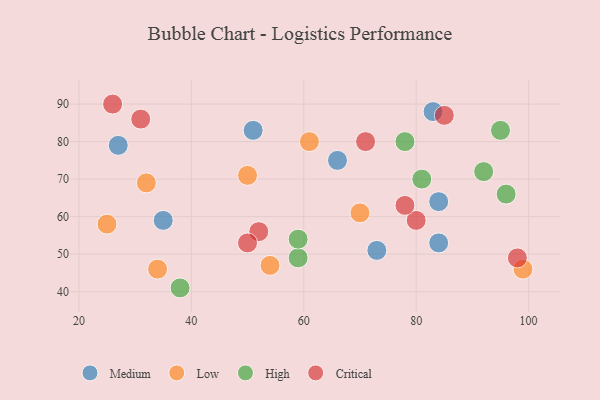
{"axis": {"x": "GDP", "y": "Life Expectancy"}, "legend": ["Critical", "High", "Low", "Medium"], "data": [{"x": "27", "y": 79, "type": "Medium"}, {"x": "84", "y": 64, "type": "Medium"}, {"x": "73", "y": 51, "type": "Medium"}, {"x": "66", "y": 75, "type": "Medium"}, {"x": "51", "y": 83, "type": "Medium"}, {"x": "84", "y": 53, "type": "Medium"}, {"x": "35", "y": 59, "type": "Medium"}, {"x": "83", "y": 88, "type": "Medium"}, {"x": "70", "y": 61, "type": "Low"}, {"x": "25", "y": 58, "type": "Low"}, {"x": "32", "y": 69, "type": "Low"}, {"x": "99", "y": 46, "type": "Low"}, {"x": "34", "y": 46, "type": "Low"}, {"x": "61", "y": 80, "type": "Low"}, {"x": "50", "y": 71, "type": "Low"}, {"x": "54", "y": 47, "type": "Low"}, {"x": "78", "y": 80, "type": "High"}, {"x": "59", "y": 49, "type": "High"}, {"x": "95", "y": 83, "type": "High"}, {"x": "59", "y": 54, "type": "High"}, {"x": "81", "y": 70, "type": "High"}, {"x": "96", "y": 66, "type": "High"}, {"x": "38", "y": 41, "type": "High"}, {"x": "92", "y": 72, "type": "High"}, {"x": "52", "y": 56, "type": "Critical"}, {"x": "71", "y": 80, "type": "Critical"}, {"x": "98", "y": 49, "type": "Critical"}, {"x": "26", "y": 90, "type": "Critical"}, {"x": "80", "y": 59, "type": "Critical"}, {"x": "31", "y": 86, "type": "Critical"}, {"x": "78", "y": 63, "type": "Critical"}, {"x": "50", "y": 53, "type": "Critical"}, {"x": "85", "y": 87, "type": "Critical"}]}